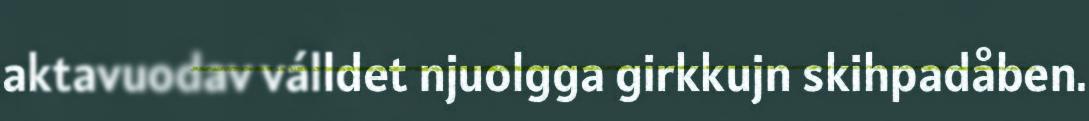
aktavuodav válldet njuolgga girkkujn skihpadåben.